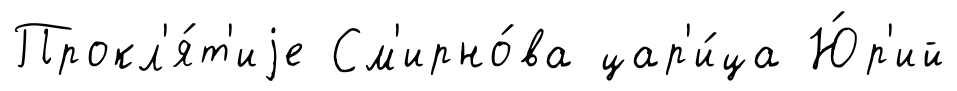
Прокл'я́т'иjе См'ирно́ва цар'и́ца Ю́р'ий